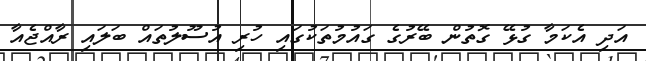
އަދި އެކަމާ ގުޅޭ ގޮތުން ބޭރުގެ ގައުމުތަކުގައި ހުރި އުސޫލުތައް ބަލައި ރާއްޖެއާ